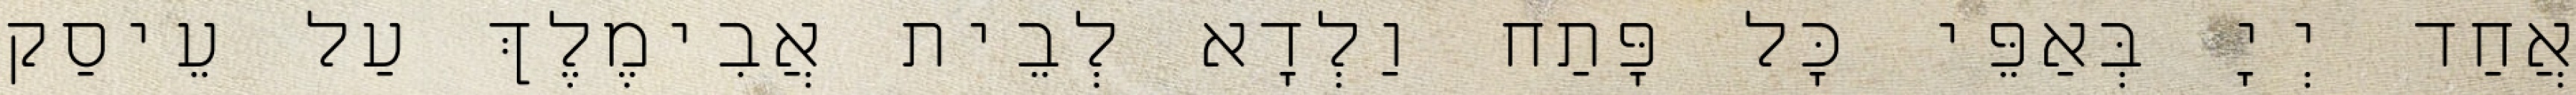
אֲחַד יְיָ בְּאַפֵּי כָּל פָּתַח וַלְדָא לְבֵית אֲבִימֶלֶךְ עַל עֵיסַק